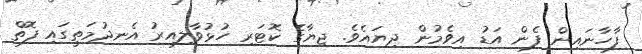
ފާހާނައިން ފެން އަޑު އިވެމުން ދިޔައެވެ. ޖިޔާގެ ކޮޓަރި ހުޅުވާލިއިރު އެނދުމަތީގައި ފޮތް